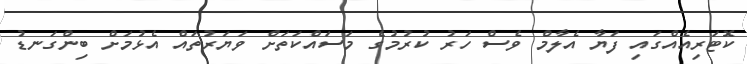
ކޮޓަރިއެއްގައި ފަޔާ އެލާމް ވެސް ހަރު ކުރުމުގެ މަސައްކަތަށް ވަޔަރުތައް އެޅުމަށް ބިންގަނޑު